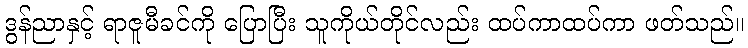
ဒွန်ညာနှင့် ရာဇူမီခင်ကို ပြောပြီး သူကိုယ်တိုင်လည်း ထပ်ကာထပ်ကာ ဖတ်သည်။